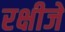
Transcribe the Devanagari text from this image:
रक्षीजे